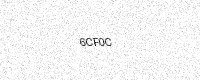
Text: 6CF0C